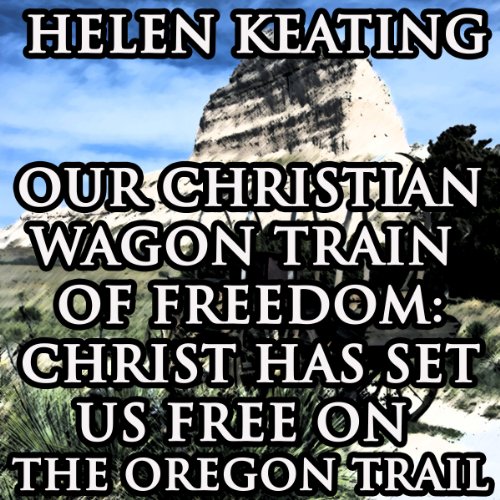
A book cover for Our Christian Wagon Train of Freedom: Christ Has Set Us Free on the Oregon Trail; Helen Keating; Romance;